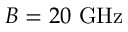
B = 2 0 ~ \mathrm { G H z }